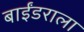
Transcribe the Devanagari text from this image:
बाईंडराला